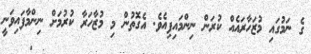
ގެ ނަމުގައި މުޒަހާރައެއް ކުރަން ނިންމައިފިއެވެ. އެގޮތުން މި މުޒާހަރާ ކުރުމަށް ނިންމާފައިވަނީ